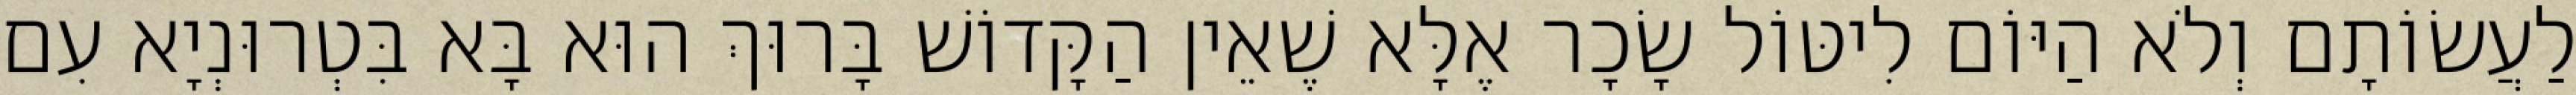
לַעֲשׂוֹתָם וְלֹא הַיּוֹם לִיטּוֹל שָׂכָר אֶלָּא שֶׁאֵין הַקָּדוֹשׁ בָּרוּךְ הוּא בָּא בִּטְרוּנְיָא עִם